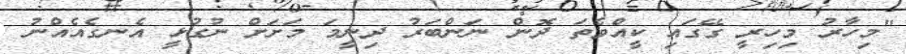
"މިހާރު މިހިރީ ގޭގައި ކީއްވެތަ ދޮން ނަންބަރު ދިނީމަ މަށަށް ނުގުޅީ އެނގެއެއްނު